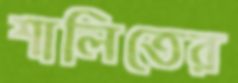
শালিতের